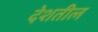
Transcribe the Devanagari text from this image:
देशतील